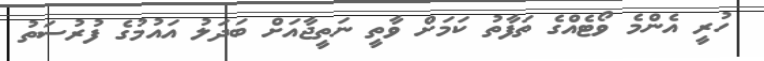
ހުރީ އެންމެ ވޯޓެއްގެ ތަފާތު ކަމަށް ވާތީ ނަތީޖާއަށް ބަދަލު އައުމުގެ ފުރުސަތު